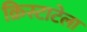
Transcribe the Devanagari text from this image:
क्रिस्टाटेला